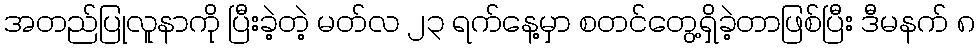
အတည်ပြုလူနာကို ပြီးခဲ့တဲ့ မတ်လ ၂၃ ရက်နေ့မှာ စတင်တွေ့ရှိခဲ့တာဖြစ်ပြီး ဒီမနက် ၈